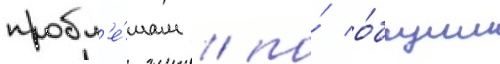
пробл'е́мам / по́ о́бщим